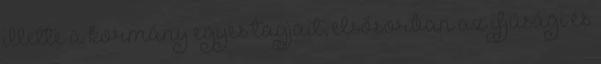
illette a kormány egyes tagjait, elsősorban az ifjúsági és